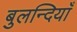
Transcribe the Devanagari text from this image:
बुलन्दियाँ